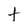
Character: t